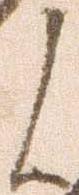
候